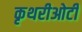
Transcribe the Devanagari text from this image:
कृथरीओटी